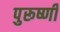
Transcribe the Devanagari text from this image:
पुरूष्णी